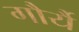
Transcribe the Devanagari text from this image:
गौर्यै